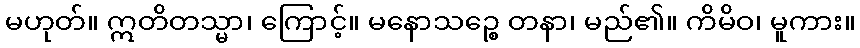
မဟုတ်။ ဣတိတသ္မာ၊ ကြောင့်။ မနောသဉ္စေ တနာ၊ မည်၏။ ကိမိဝ၊ မူကား။